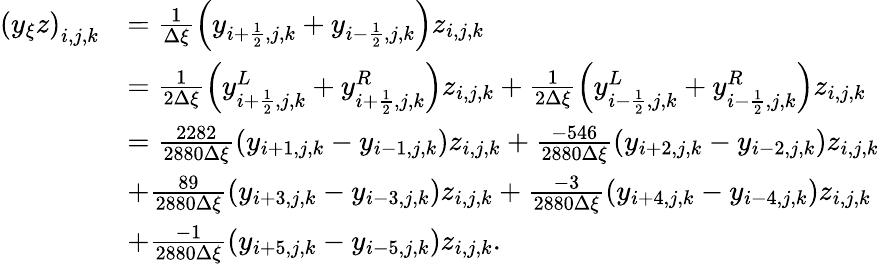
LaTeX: \begin{array}{rl}{\left(y_{\xi}z\right)_{i,j,k}}&{=\frac{1}{\Delta\xi}\left(y_{i+\frac{1}{2},j,k}+y_{i-\frac{1}{2},j,k}\right)z_{i,j,k}}\\ &{=\frac{1}{2\Delta\xi}\left(y_{i+\frac{1}{2},j,k}^{L}+y_{i+\frac{1}{2},j,k}^{R}\right)z_{i,j,k}+\frac{1}{2\Delta\xi}\left(y_{i-\frac{1}{2},j,k}^{L}+y_{i-\frac{1}{2},j,k}^{R}\right)z_{i,j,k}}\\ &{=\frac{2282}{2880\Delta\xi}(y_{i+1,j,k}-y_{i-1,j,k})z_{i,j,k}+\frac{-546}{2880\Delta\xi}(y_{i+2,j,k}-y_{i-2,j,k})z_{i,j,k}}\\ &{+\frac{89}{2880\Delta\xi}(y_{i+3,j,k}-y_{i-3,j,k})z_{i,j,k}+\frac{-3}{2880\Delta\xi}(y_{i+4,j,k}-y_{i-4,j,k})z_{i,j,k}}\\ &{+\frac{-1}{2880\Delta\xi}(y_{i+5,j,k}-y_{i-5,j,k})z_{i,j,k}.}\end{array}